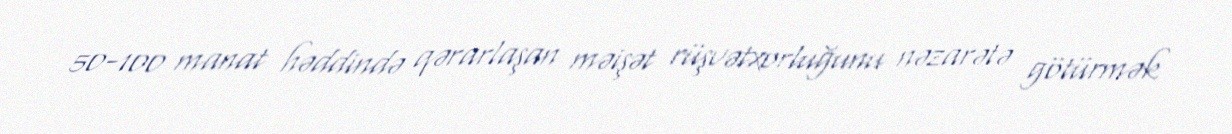
50-100 manat həddində qərarlaşan məişət rüşvətxorluğunu nəzarətə götürmək